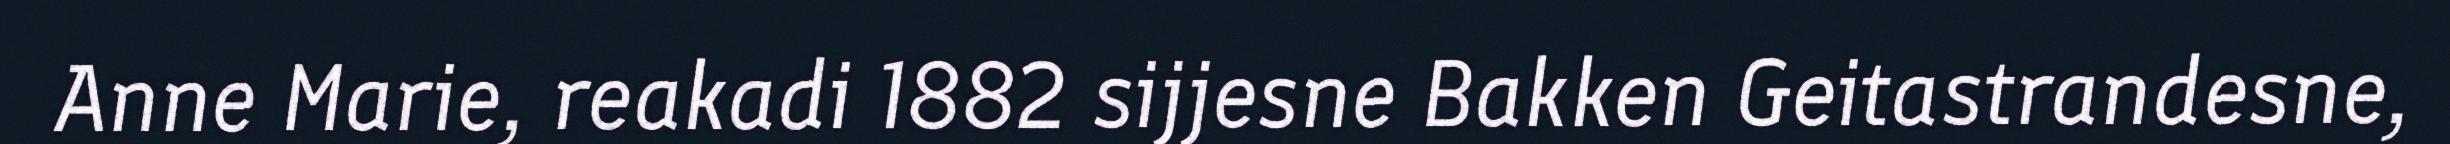
Anne Marie, reakadi 1882 sijjesne Bakken Geitastrandesne,